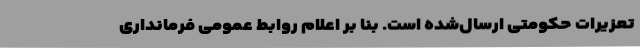
تعزیرات حکومتی ارسال‌شده است. بنا بر اعلام روابط عمومی فرمانداری